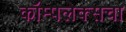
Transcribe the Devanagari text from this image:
कॉम्पलेक्सचा